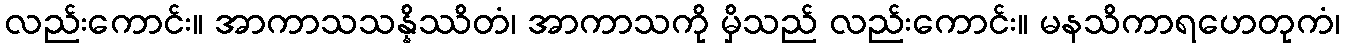
လည်းကောင်း။ အာကာသသန္နိဿိတံ၊ အာကာသကို မှိသည် လည်းကောင်း။ မနသိကာရဟေတုကံ၊